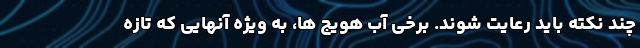
چند نکته باید رعایت شوند. برخی آب هویج ها، به ویژه آنهایی که تازه